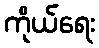
ကိုယ်ရေး